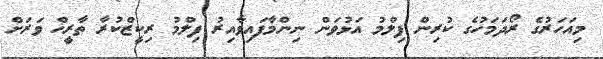
މިއަހަރުގެ ރޯދަމަހުގެ ކުރިން ފިލްމު އަޅުވަން ނިންމާފައިވާއިރު ފިލްމު ރިކީޒްކުރާ ތާރީޚް ވަރަށް